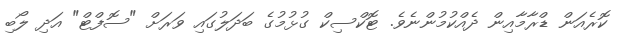
ކޮރެއަން ޑްރާމާއިން ދެއްކުމުންނެވެ. ޓޮކްސިކް ގުޅުމުގެ ބަދަލުގައި ވަރަށް "ސޮފްޓް" އަދި ލޯބި